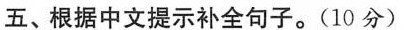
五、根据中文提示补全句子。(10 分)